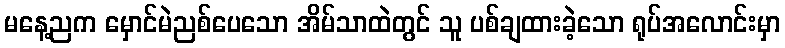
မနေ့ညက မှောင်မဲညစ်ပေသော အိမ်သာထဲတွင် သူ ပစ်ချထားခဲ့သော ရုပ်အလောင်းမှာ